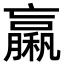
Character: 𥢵